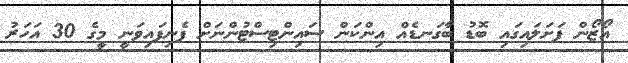
އޯޒޯން ފަށަލައިގައި ބޮޑު ބާގަނޑެއް އިންކަން ސައިންޓިސްޓުންނަށް ފެނިފައިވަނީ މީގެ 30 އަހަރު